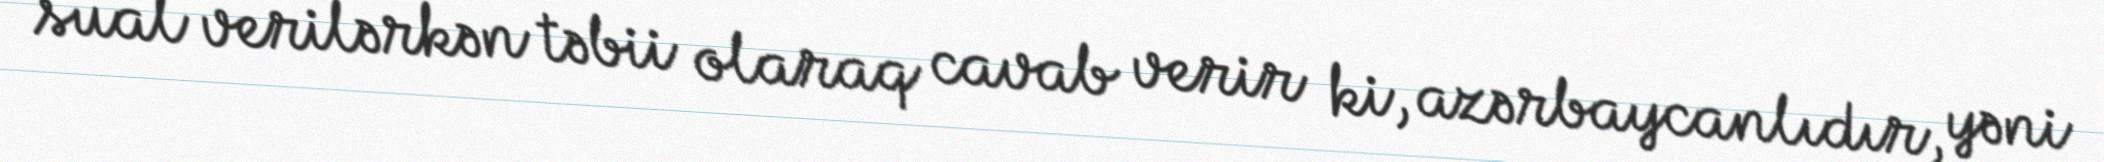
sual verilərkən təbii olaraq cavab verir ki, azərbaycanlıdır, yəni